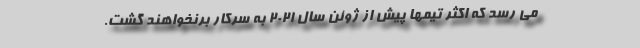
می رسد که اکثر تیمها پیش از ژوئن سال ۲۰۲۱ به سرکار برنخواهند گشت.